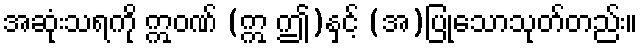
အဆုံးသရကို ဣဝဏ် (ဣ ဤ)နှင့် (အ)ပြုသောသုတ်တည်း။